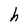
Character: h